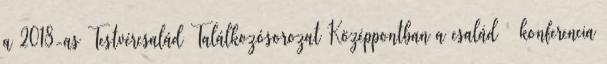
a 2018-as Testvércsalád Találkozósorozat Középpontban a család – konferencia